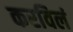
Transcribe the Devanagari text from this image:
करविलं